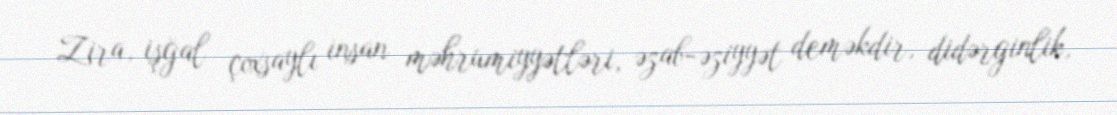
Zira, işğal çoxsaylı insan məhrumiyyətləri, əzab-əziyyət deməkdir, didərginlik,